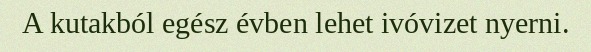
A kutakból egész évben lehet ivóvizet nyerni.